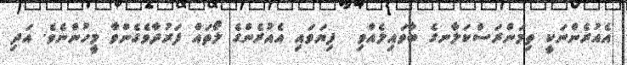
އެއުރެންނަކީ ތިމަންރަސްކަލާނގެ ބާވައިލެއްވި  ފިޔަވައި އެއުރެންގެ ލޯތައް ފަރުދާވެގެންވާ މީހުންނެވެ. އަދި